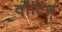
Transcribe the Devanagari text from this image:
वोंटिंग